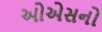
ઓએસનો